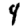
Digit: 4